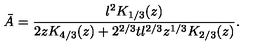
\bar { A } = \frac { l ^ { 2 } K _ { 1 / 3 } ( z ) } { 2 z K _ { 4 / 3 } ( z ) + 2 ^ { 2 / 3 } t l ^ { 2 / 3 } z ^ { 1 / 3 } K _ { 2 / 3 } ( z ) } .